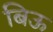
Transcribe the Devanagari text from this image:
बिऊ